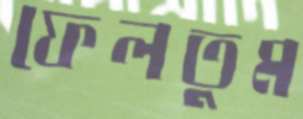
ফেলতুম